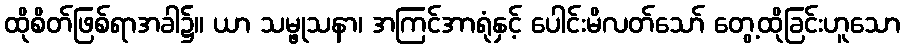
ထိုစိတ်ဖြစ်ရာအခါ၌။ ယာ သမ္ဖုသနာ၊ အကြင်အာရုံနှင့် ပေါင်းမိလတ်သော် တွေ့ထိုခြင်းဟူသော